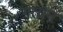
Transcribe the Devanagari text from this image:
गतानं